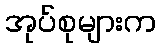
အုပ်စုများက